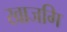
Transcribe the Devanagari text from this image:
खाजगि